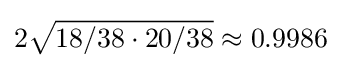
2{\sqrt {18/38\cdot 20/38}}\approx 0.9986